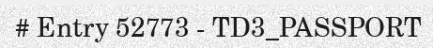
# Entry 52773 - TD3_PASSPORT